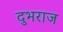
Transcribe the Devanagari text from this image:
दुभराज